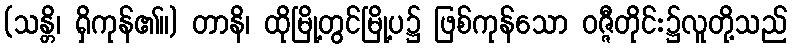
(သန္တိ၊ ရှိကုန်၏။) တာနိ၊ ထိုမြို့တွင်မြို့ပ၌ ဖြစ်ကုန်သော ဝဇ္ဇီတိုင်း၌လူတို့သည်